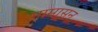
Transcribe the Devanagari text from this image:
मामासन